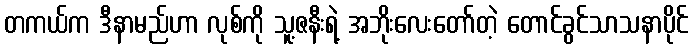
တကယ်က ဒီနာမည်ဟာ လုစ်ကို သူ့ဇနီးရဲ့ အဘိုးလေးတော်တဲ့ တောင်ခွင်သာသနာပိုင်